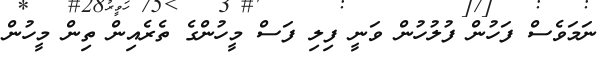
ނަމަވެސް ފަހުން ފުލުހުން ވަނީ ފިލި ފަސް މީހުންގެ ތެރެއިން ތިން މީހުން